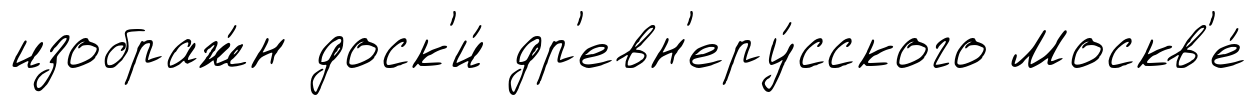
изображ́н доск'и́ др'евн'еру́сского Москв'е́